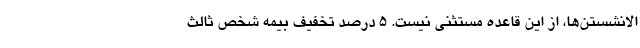
الانشستن‌ها، از این قاعده مستثنی نیست. 5 درصد تخفیف بیمه شخص ثالث